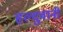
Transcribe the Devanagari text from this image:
हल्दुवानी